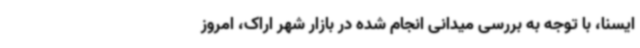
ایسنا، با توجه به بررسی میدانی انجام شده در بازار شهر اراک، امروز